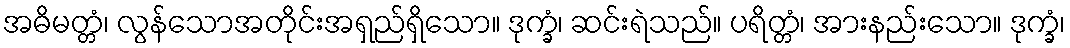
အဓိမတ္တံ၊ လွန်သောအတိုင်းအရှည်ရှိသော။ ဒုက္ခံ၊ ဆင်းရဲသည်။ ပရိတ္တံ၊ အားနည်းသော။ ဒုက္ခံ၊